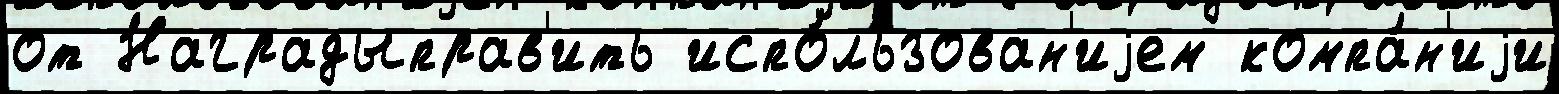
от Наградыправ'ить испо́льзован'иjем компа́н'иjи